Vaccination in Burma 1889-1999 - 1889-1999
Year: 1889
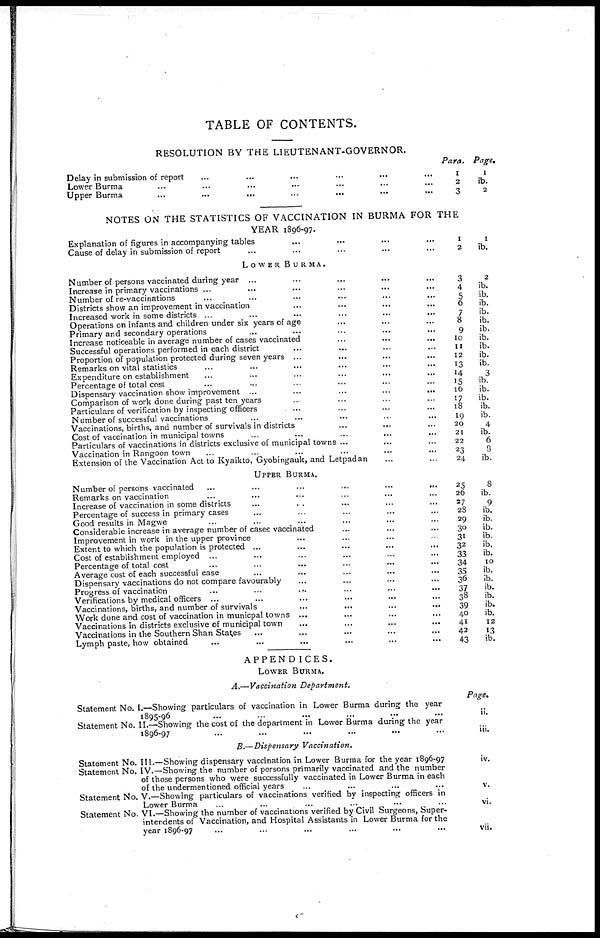
TABLE OF CONTENTS.
RESOLUTION BY THE LIEUTENANT-GOVERNOR.
Delay in submission of report... ...
Lower Burma... ... ...
Upper Burma... ...
Para.
1
2
3
Page.
1
ib.
2
NOTES ON THE STATISTICS OF VACCINATION IN BURMA FOR THE
YEAR 1896-97.
Explanation of figures in accompanying tables
Cause of delay in submission of report... ...
1
2
1
ib.
LOWER BURMA.
Number of persons vaccinated during year... ... ...
Increase in primary vaccinations ... ... ...
Number of re-vaccinations... ... ...
Districts show an improvement in vaccination... ... ... ...
Increased work in some districts ... ... ... ...
Operations on infants and children under six years of age... ... ... ...
Primary and secondary operations ... ... ... ... ...
Increase noticeable in average number of cases vaccinated
...
...
...
...
Successful operations performed in each district... ... ... ...
Proportion of population protected during seven years ... ... ...
Remarks on vital statistics ... ... ... ...
Expenditure on establishment ... ... ... ... ...
Percentage of total cost ... ... ... ... ...
Dispensary vaccination show improvement
...
...
...
...
Comparison of work done during past ten years ... ... ... ... ...
Particulars of verification by inspecting officers ... ... ... ...
Number of successful vaccinations ... ... ... ...
Vaccinations, births, and number of survivals in districts ... ... ... ...
Cost of vaccination in municipal towns... ... ... ...
Particulars of vaccinations in districts exclusive of municipal towns ...
Vaccination in Rangoon town... ... ...
Extension of the Vaccination Act to Kyaikto, Gyobingauk, and Letpadan... ...
3
4
5
6
7
8
9
10
11
12
13
14
15
16
17
18
19
20
21
22
23
24
2
ib.
ib.
ib.
ib.
ib.
ib.
ib.
ib.
ib.
ib.
3
ib.
ib.
ib.
ib.
ib.
4
ib.
6
3
ib.
UPPER BURMA.
Number of persons vaccinated
...
...
...
Remarks on vaccination... ... ... ...
Increase of vaccination in some districts... ... ... ...
Percentage of success in primary cases... ... ... ...
Good results in Magwe... ... ... ...
Considerable increase in average number of cases vaccinated... ... ... ...
Improvement in work in the upper province... ... ... ...
Extent to which the population is protected
...
...
...
Cost of establishment employed ... ... ...
Percentage of total cost... ... ... ...
Average cost of each successful
case...
...
...
Dispensary vaccinations do not compare favourably... ... ...
Progress of vaccination
...
...
...
...
Verifications by medical officers ... ... ...
Vaccinations, births, and number of survivals... ... ... ...
Work done and cost of vaccination in municpal towns... ... ... ...
Vaccinations in districts exclusive of municipal town... ... ... ...
Vaccinations in the Southern Shan States... ... ... ...
Lymph paste, how obtained... ... ...
25
26
27
28
29
30
31
32
33
34
35
36
37
38
39
40
41
42
43
8
ib.
9
ib.
ib.
ib.
ib.
ib.
ib.
10
ib.
ib.
ib.
ib.
ib.
ib.
12
13
ib.
APPENDICES.
LOWER BURMA.
A.—Vaccination Department.
Statement No. 1.—Showing particulars of vaccination in Lower Burma during the year
1895-96 ... ... ... ... ... ...
Statement No. II.—Showing the cost of the department in Lower Burma during the year
1896-97... ... ... ... ... ...
Page,
ii.
iii.
B.—Dispensary Vaccination.
Statement No. III.—Showing dispensary vaccination in Lower Burma for the year 1896-97
Statement No. IV.—Showing the number of persons primarily vaccinated and the number
of those persons who were successfully vaccinated in Lower Burma in each
of the undermentioned official years
Statement No. V.—Showing particulars of vaccinations verified by inspecting officers in
Lower Burma... ... ...
Statement No. VI.—Showing the number of vaccinations verified by Civil Surgeons, Super-
intendents of Vaccination, and Hospital Assistants in Lower Burma for the
year 1896-97... ... ... ...
iv.
v.
vi.
vii.